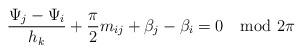
LaTeX: \begin{align*} \frac{\Psi_j - \Psi_i}{h_k} + \frac{\pi}{2}m_{ij} + \beta_j - \beta_i = 0 \mod 2\pi\end{align*}